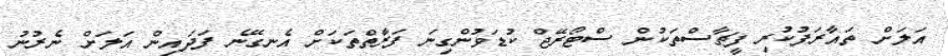
އަލަށް ތައާރަފުކުރި ފީޗާސްތަކުން ސްޓޯރޭޖް ކުޑަވުންގިނަ ފަރާތްތަކަށް އެނގޭނެ ފަދައިން އަލަށް ނެރުނު